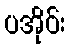
ပအိုဝ်း